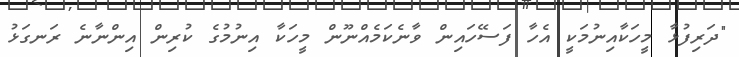
"ދަރިފުޅާ މީހަކާއިނުމަކީ އެހާ ފަސޭހައިން ވާނެކަމެއްނޫން މީހަކާ އިނުމުގެ ކުރިން އިންނާނެ ރަނގަޅު